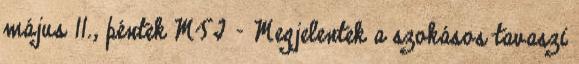
május 11., péntek MTI – Megjelentek a szokásos tavaszi